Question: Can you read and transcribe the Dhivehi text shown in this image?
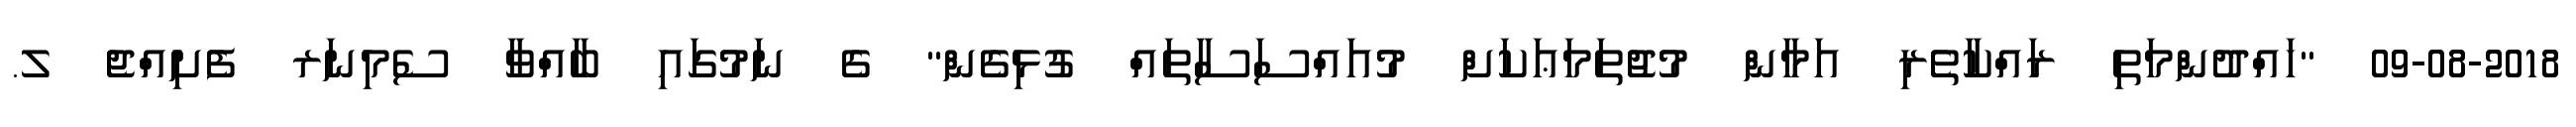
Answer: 09-08-2018 "ހައްދުންމަތި ރައްކާތެރި އަމާން މުޖުތަމަޢަކަށް މުއައްސަސާތައް ގުޅިގެން" ގެ ނަމުގައި ބާއްވާ ސެމިނަރ ފެށިއްޖެ ލ.